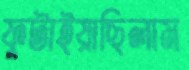
ফুটাইয়াছিলাম